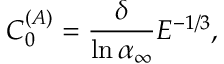
C _ { 0 } ^ { ( A ) } = \frac { \delta } { \ln \alpha _ { \infty } } E ^ { - 1 / 3 } ,